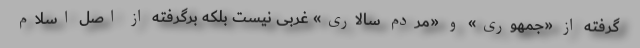
گرفته از «جمهوری» و «مردم سالاری» غربی نیست بلکه برگرفته از اصل اسلام